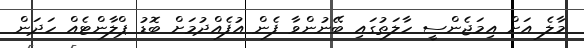
މާލެ އަށް އިމަޖެންސީ ހާލަތުގައި ބޭނުންވާ ފެން އުފެއްދުމަށް ބޮޑު ޕްލާންޓެއް ހަދަން